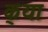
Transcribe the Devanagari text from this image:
क्‌या